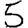
Digit: 5